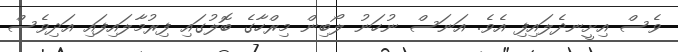
ވެސް އިށީނދެލައިފި އެވެ. އަނަސް ނުހަނު ލޯބިން މިރްހާގެ ބޮލުގައި ފިރުމާލައިފައި އަދިވެސް